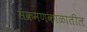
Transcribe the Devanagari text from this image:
संक्रमणकाळातील